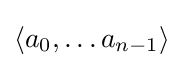
\langle a_{0},\dots a_{n-1}\rangle